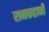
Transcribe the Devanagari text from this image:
रामकहानी